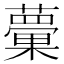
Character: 𧁣